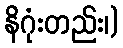
နိဂုံးတည်း၊)